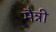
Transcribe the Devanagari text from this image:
मैन्नी